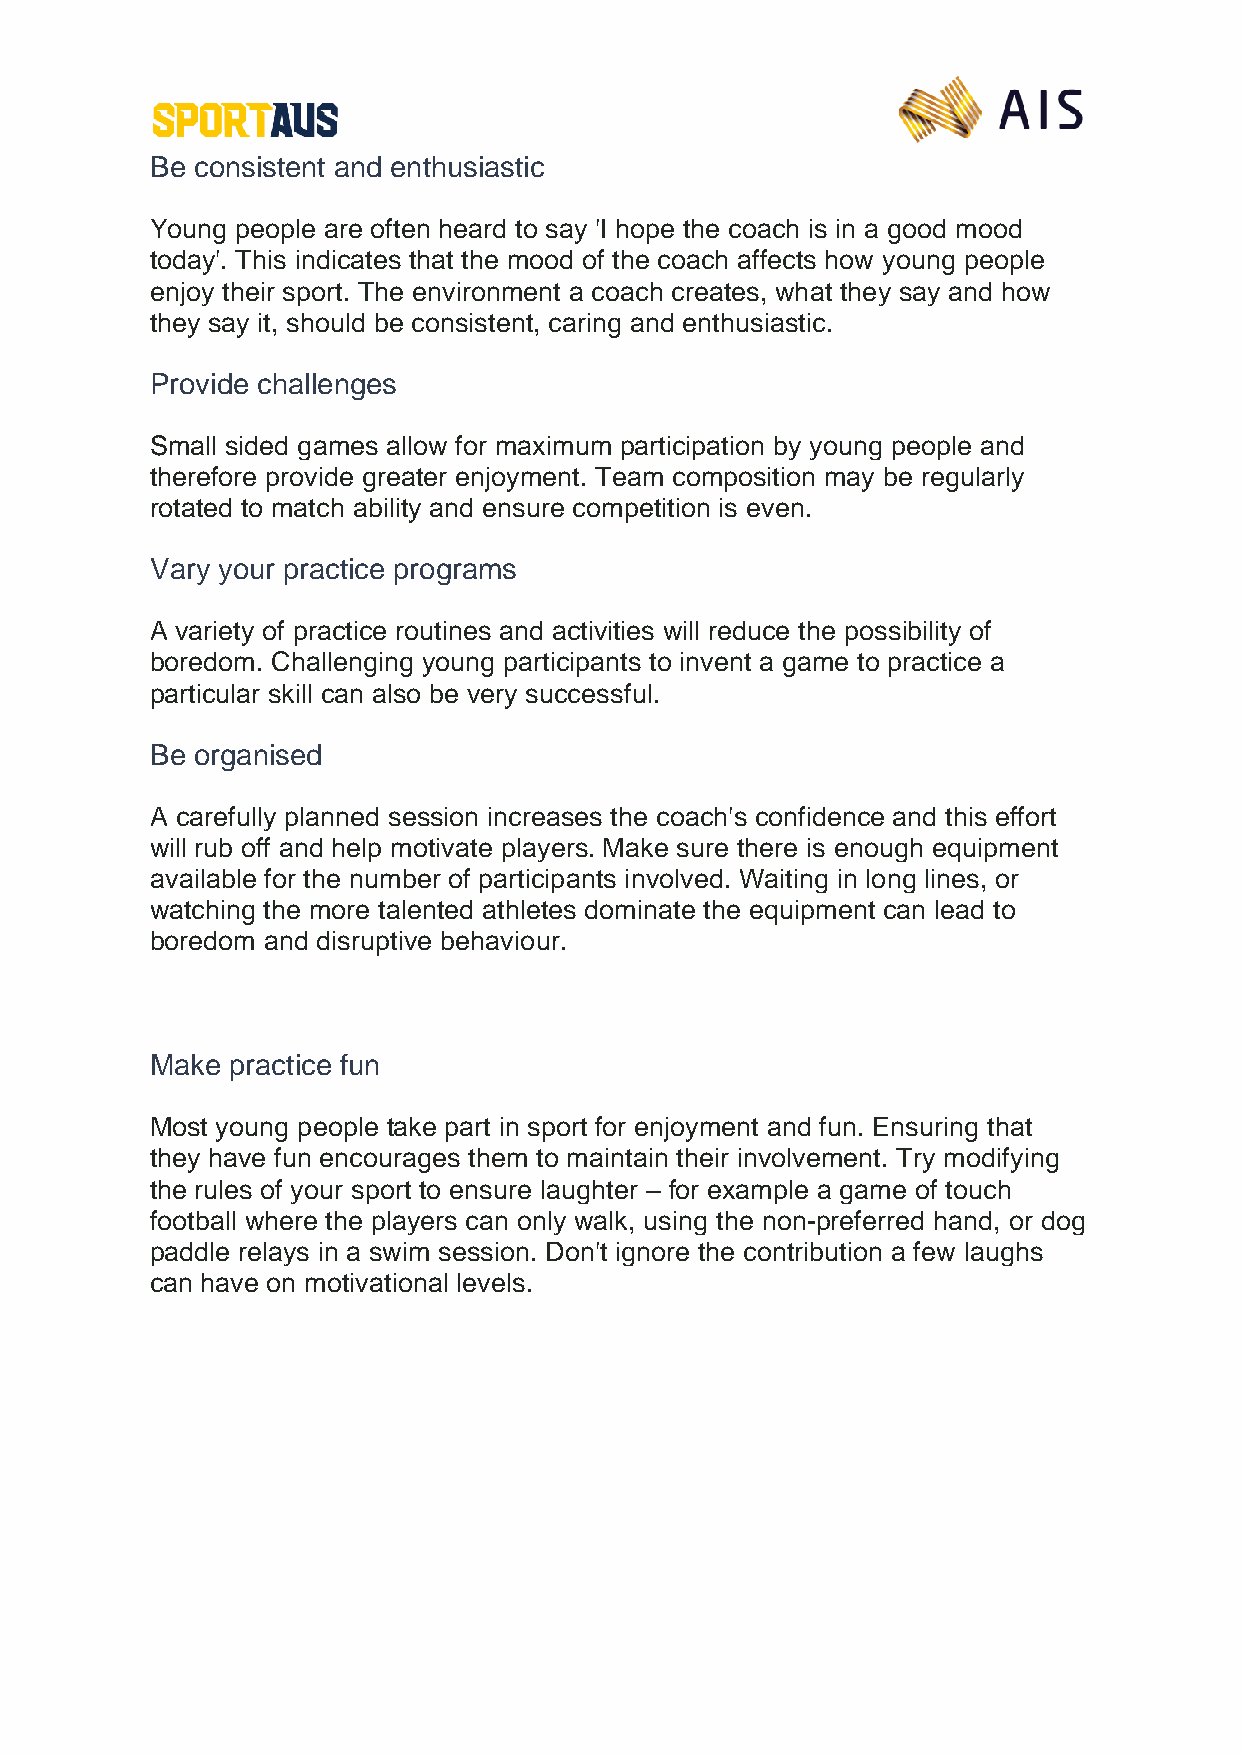
Be consistent and enthusiastic
 Young people are often heard to say 'I hope the coach is in a good mood
 today'. This indicates that the mood of the coach affects how young people
 enjoy their sport. The environment a coach creates, what they say and how
 they say it, should be consistent, caring and enthusiastic.
 Provide challenges
 Small sided games allow for maximum participation by young people and
 therefore provide greater enjoyment. Team composition may be regularly
 rotated to match ability and ensure competition is even.
 Vary your practice programs
 A variety of practice routines and activities will reduce the possibility of
 boredom. Challenging young participants to invent a game to practice a
 particular skill can also be very successful.
 Be organised
 A carefully planned session increases the coach's confidence and this effort
 will rub off and help motivate players. Make sure there is enough equipment
 available for the number of participants involved. Waiting in long lines, or
 watching the more talented athletes dominate the equipment can lead to
 boredom and disruptive behaviour.
 Make practice fun
 Most young people take part in sport for enjoyment and fun. Ensuring that
 they have fun encourages them to maintain their involvement. Try modifying
 the rules of your sport to ensure laughter – for example a game of touch
 football where the players can only walk, using the non-preferred hand, or dog
 paddle relays in a swim session. Don't ignore the contribution a few laughs
 can have on motivational levels.